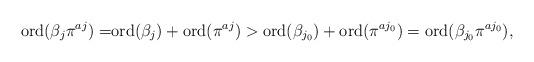
LaTeX: \begin{align*}{\rm ord}(\beta_j\pi^{aj})=&{\rm ord}(\beta_j)+{\rm ord}(\pi^{aj})>{\rm ord}(\beta_{j_0})+{\rm ord}(\pi^{aj_0})={\rm ord}(\beta_{j_0}\pi^{aj_0}),\end{align*}